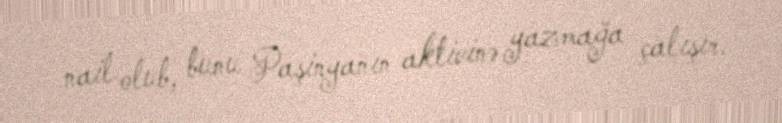
nail olub, bunu Paşinyanın aktivinə yazmağa çalışır.